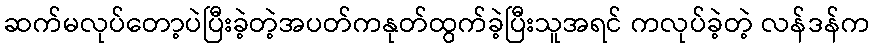
ဆက်မလုပ်တော့ပဲပြီးခဲ့တဲ့အပတ်ကနုတ်ထွက်ခဲ့ပြီးသူအရင် ကလုပ်ခဲ့တဲ့ လန်ဒန်က